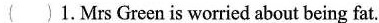
( )1.Mrs Green is worried about being fat.